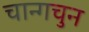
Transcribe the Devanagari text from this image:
चान्गचुन